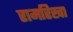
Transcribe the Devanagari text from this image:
रामरिखा